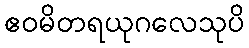
ဧဝမိတရယုဂလေသုပိ